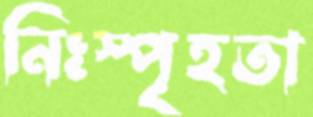
নিঃস্পৃহতা